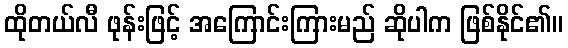
ထိုတယ်လီ ဖုန်းဖြင့် အကြောင်းကြားမည် ဆိုပါက ဖြစ်နိုင်၏။